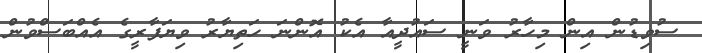
ސުވިޑުން އިން މިހާރު ވަނީ ސައުދީއާ އެކު އޮންނަ ހަތިޔާރު ވިޔަފާރީގެ އެއްބަސްވުން